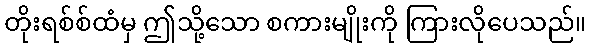
တိုးရစ်စ်ထံမှ ဤသို့သော စကားမျိုးကို ကြားလိုပေသည်။